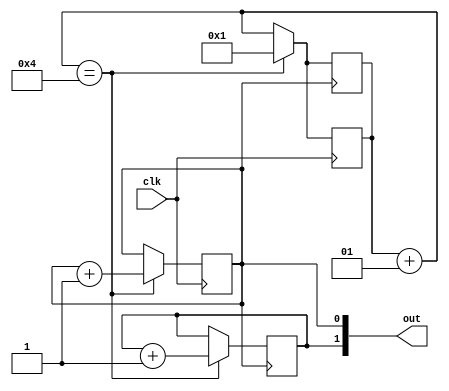
`timescale 1ns / 1ps

module a_divider(clk,out);
    input clk;
    output reg [1:0] out;
    integer counter=0;
    
    always @(posedge clk)
    begin
    counter=counter+1;
    if(counter==4) begin
    out[0]=out[0]+1'b1;
    counter=1;
    end 
    end 
    
    always @(posedge out[0])
    begin
    counter=counter+1;
    if(counter==4) begin
    out[1]=out[1]+1'b1;
    counter=1;
    end 
    end 
endmodule